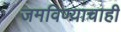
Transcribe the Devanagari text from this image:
जमविण्याचाही